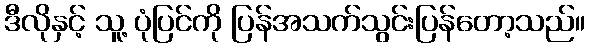
ဒီလိုနှင့် သူ့ ပုံပြင်ကို ပြန်အသက်သွင်းပြန်တော့သည်။